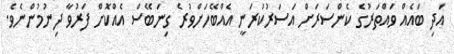
އަދި ބައެއް ވައްތަރުގެ ކެންސަރަށް އަސަރުކުރަނީ އެއްބޭހަށްވުރެ ގިނަބޭސް އެއްކޮށް ފަރުވާ ދިނުމުންނެވެ.